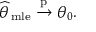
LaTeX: { \widehat { \theta \, } } _ { \mathrm { m l e } } \ { \xrightarrow { \mathrm { p } } } \ \theta _ { 0 } .